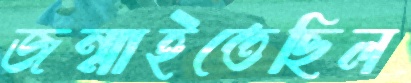
জন্মাইতেছিল